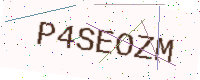
Text: P4SEOZM